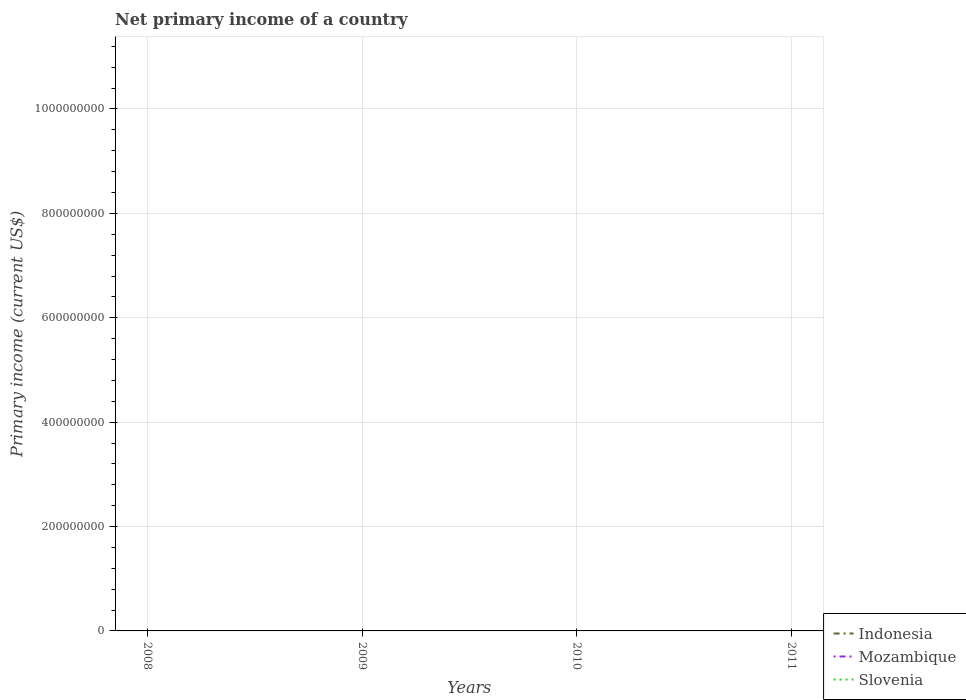
| Years | Indonesia | Mozambique | Slovenia |
 | --- | --- | --- | --- |
 | 2008 | -1.52e+10 | -6.42e+08 | -1.58e+09 |
 | 2009 | -1.51e+10 | -2.77e+08 | -7.59e+08 |
 | 2010 | -2.07e+10 | -3.36e+08 | -5.03e+08 |
 | 2011 | -2.65e+10 | -1.8e+08 | -4.25e+08 |